Regulations for the medical services of the Army of India
Year: 1930
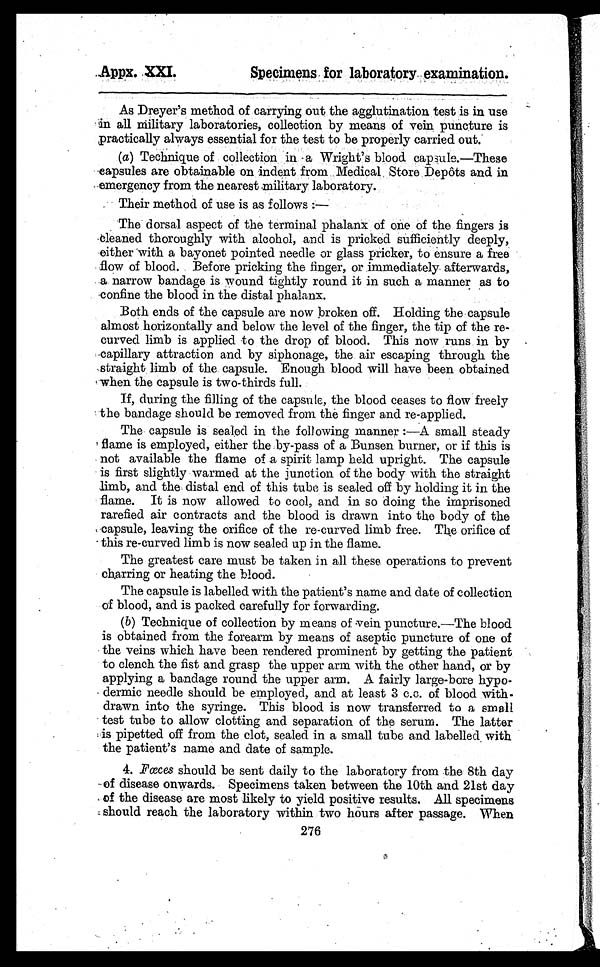
Appx. XXI.
Specimens for laboratory. examination.
As Dreyer's method of carrying out the agglutination test is in use
in all Military laboratories, collection by means of vein puncture is
practically always essential for the test to be properly carried out.
(a)Technique of collection in a Wright's blood capsule.—These
eapsules are obtainable on indent from Medical Store Depôts and in
emergency from the nearest military laboratory.
Their method of use is as follows :—
The dorsal aspect of the terminal phalanx of one of the fingers is
cleaned thoroughly with alcohol, and is pricked sufficiently deeply,
either with a bayonet pointed needle or glass pricker, to ensure a free
flow of blood. Before pricking the finger, or immediately afterwards,
a narrow bandage is wound tightly round it in such a manner as to
confine the blood in the distal phalanx.
Both ends of the capsule are now broken off. Holding the capsule
almost horizontally and below the level of the finger, the tip of the re-
curved limb is applied to the drop of blood. This now runs in by
capillary attraction and by siphonage, the air escaping through the
straight limb of the capsule. Enough blood will have been obtained
when the capsule is two-thirds full.
If, during the filling of the capsule, the blood ceases to flow freely
the bandage should be removed from the finger and re-applied.
The capsule is sealed in the following manner :—A small steady
flame is employed, either the by-pass of a Bunsen burner, or if this is
not available the flame of a spirit lamp held upright. The capsule
is first slightly warmed at the junction of the body with the straight
limb, and the distal end of this tube is sealed off by holding it in the
flame. It is now allowed to cool, and in so doing the imprisoned
rarefied air contracts and the blood is drawn into the body of the
capsule, leaving the orifice of the re-curved limb free. The orifice of
this re-curved limb is now sealed up in the flame.
The greatest care must be taken in all these operations to prevent
charring or heating the blood.
The capsule is labelled with the patient's name and date of collection
of blood, and is packed carefully for forwarding.
(b)Technique of collection by means of vein puncture.—The blood
is obtained from the forearm by means of aseptic puncture of one of
the veins which have been rendered prominent by getting the patient
to clench the fist and grasp the upper arm with the other hand, or by
applying a bandage round the upper arm. A fairly large-bore hypo-
dermic needle should be employed, and at least 3 c.c. of blood with-
drawn into the syringe. This blood is now transferred to a small
test tube to allow clotting and separation of the serum. The latter
is pipetted off from the clot, sealed in a small tube and labelled with
the patient's name and date of sample.
4. Fœces should be sent daily to the laboratory from the 8th day
of disease onwards. Specimens taken between the 10th and 21st day
of the disease are most likely to yield positive results. All specimens
should reach the laboratory within two hours after passage. When
276